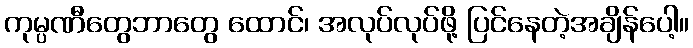
ကုမ္ပဏီတွေဘာတွေ ထောင်၊ အလုပ်လုပ်ဖို့ ပြင်နေတဲ့အချိန်ပေါ့။